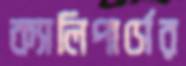
ক্যালিপার্সের